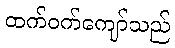
ထက်ဝက်ကျော်သည်